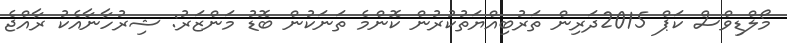
މޯލްޑިވްސް ކަޕް 2015ދަރިން ތަރުބިއްޔަތުކުރުން ކޮންމެ ތަނަކުން ބޮޑު މަންޒަރު: ޝިރުހާނާއެކު ރާއްޖެ